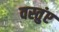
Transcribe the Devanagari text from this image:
वस्तुंए